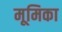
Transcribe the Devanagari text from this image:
मूमिका